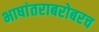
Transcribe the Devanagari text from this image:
भाषांतराबरोबरच